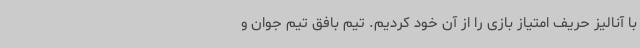
با آنالیز حریف امتیاز بازی را از آن خود کردیم. تیم بافق تیم جوان و